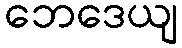
ဘေဒေယျ